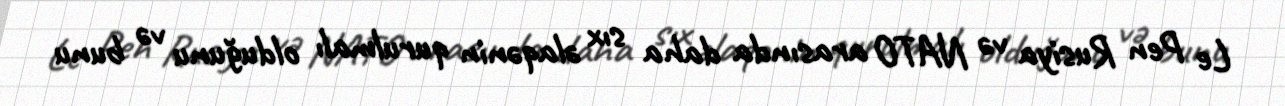
Le Pen Rusiya və NATO arasında daha sıx əlaqənin qurulmalı olduğunu və bunu